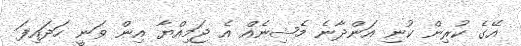
އޭގެ ކުރިން ކުނި އަންދާނެ މެޝިނެއް އެ ޖަމިއްޔާ އިން ވަނީ ހަދައިފަ